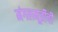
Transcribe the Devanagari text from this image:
मंगलमूर्तीची